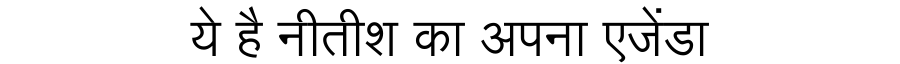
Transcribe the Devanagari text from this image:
ये है नीतीश का अपना एजेंडा